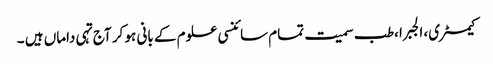
کیمسٹری، الجبرا ،طب سمیت تمام سائنسی علوم کے بانی ہو کر آج تہی داماں ہیں ۔